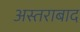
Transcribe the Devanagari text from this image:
अस्तराबाद